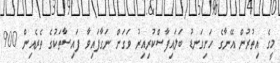
މީގެ އިތުރުން އޭނާގެ ހަށިގަނޑު ބަލައިފާސްކުރިއިރު ވަގަށް ނަގާފައިވާ ފައިސާތަކުގެ ތެރެއިން 900